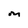
Character: M